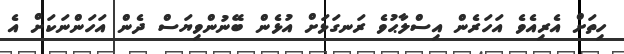
ހިތަށް އެރިއެވެ އަހަރެން އިސްލާޙުވެ ރަނގަޅަށް އުޅެން ބޭނުންވިޔަސް ދެން އަހަންނަކަށް އެ